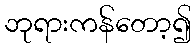
ဘုရားကန်တော့၍